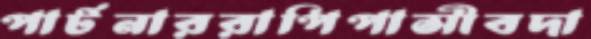
পার্টনাররাপিপাসীবদা